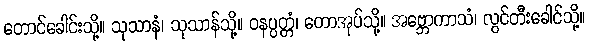
တောင်ခေါင်းသို့။ သုသာနံ၊ သုသာန်သို့။ ဝနပ္ပတ္တံ၊ တောအုပ်သို့။ အဗ္ဘောကာသံ၊ လွင်တီးခေါင်သို့။